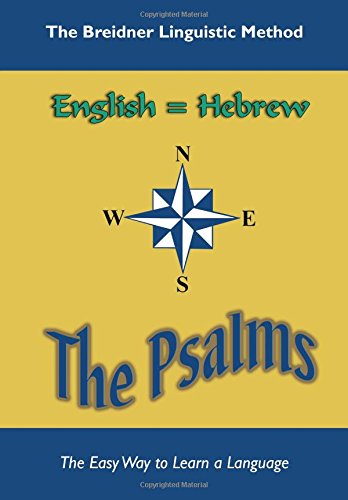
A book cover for The Psalms: The Breidner Linguistic Method; Samuel G. Breidner; Religion & Spirituality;